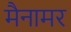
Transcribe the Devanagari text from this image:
मैनामर